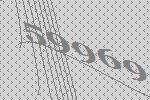
59969